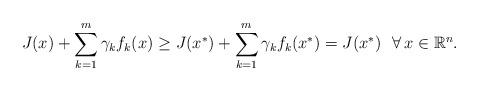
LaTeX: \begin{align*}J(x)+\sum\limits_{k=1}^m\gamma_kf_k(x)\ge J(x^*)+\sum\limits_{k=1}^m\gamma_kf_k(x^*)=J(x^*)\ \ \forall\,x\in\mathbb{R}^n.\end{align*}